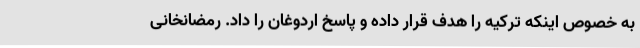
به خصوص اینکه ترکیه را هدف قرار داده و پاسخ اردوغان را داد. رمضانخانی